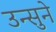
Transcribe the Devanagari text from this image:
उन्सुने